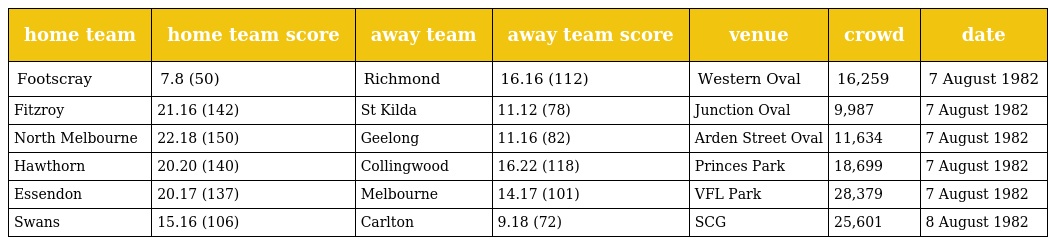
| home team | home team score | away team | away team score | venue | crowd | date |
 | --- | --- | --- | --- | --- | --- | --- |
 | Footscray | 7.8 (50) | Richmond | 16.16 (112) | Western Oval | 16,259 | 7 August 1982 |
 | Fitzroy | 21.16 (142) | St Kilda | 11.12 (78) | Junction Oval | 9,987 | 7 August 1982 |
 | North Melbourne | 22.18 (150) | Geelong | 11.16 (82) | Arden Street Oval | 11,634 | 7 August 1982 |
 | Hawthorn | 20.20 (140) | Collingwood | 16.22 (118) | Princes Park | 18,699 | 7 August 1982 |
 | Essendon | 20.17 (137) | Melbourne | 14.17 (101) | VFL Park | 28,379 | 7 August 1982 |
 | Swans | 15.16 (106) | Carlton | 9.18 (72) | SCG | 25,601 | 8 August 1982 |